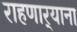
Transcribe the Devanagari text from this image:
राहणार्‍याना